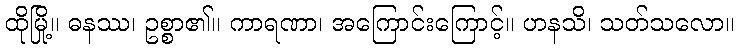
ထိုမြို့။ ဓနဿ၊ ဥစ္စာ၏။ ကာရဏာ၊ အကြောင်းကြောင့်။ ဟနသိ၊ သတ်သလော။